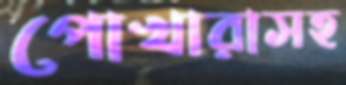
পোখারাসহ